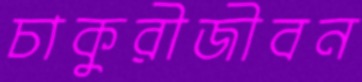
চাকুরীজীবন